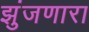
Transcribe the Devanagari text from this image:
झुंजणारा